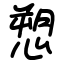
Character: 愬